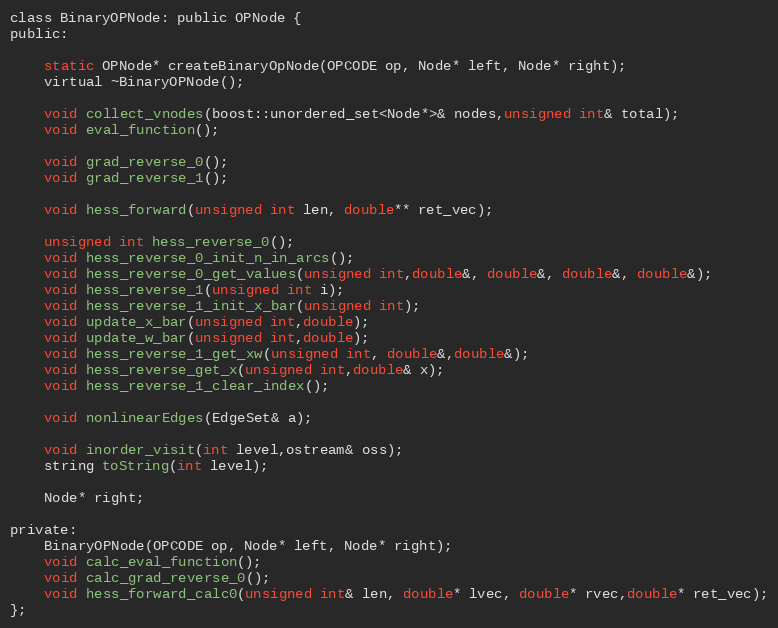
Language: C
class BinaryOPNode: public OPNode {
public:

	static OPNode* createBinaryOpNode(OPCODE op, Node* left, Node* right);
	virtual ~BinaryOPNode();

	void collect_vnodes(boost::unordered_set<Node*>& nodes,unsigned int& total);
	void eval_function();

	void grad_reverse_0();
	void grad_reverse_1();

	void hess_forward(unsigned int len, double** ret_vec);

	unsigned int hess_reverse_0();
	void hess_reverse_0_init_n_in_arcs();
	void hess_reverse_0_get_values(unsigned int,double&, double&, double&, double&);
	void hess_reverse_1(unsigned int i);
	void hess_reverse_1_init_x_bar(unsigned int);
	void update_x_bar(unsigned int,double);
	void update_w_bar(unsigned int,double);
	void hess_reverse_1_get_xw(unsigned int, double&,double&);
	void hess_reverse_get_x(unsigned int,double& x);
	void hess_reverse_1_clear_index();

	void nonlinearEdges(EdgeSet& a);

	void inorder_visit(int level,ostream& oss);
	string toString(int level);

	Node* right;

private:
	BinaryOPNode(OPCODE op, Node* left, Node* right);
	void calc_eval_function();
	void calc_grad_reverse_0();
	void hess_forward_calc0(unsigned int& len, double* lvec, double* rvec,double* ret_vec);
};